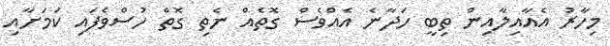
މިހާރު އެއާއިލާއިން ތިބީ ހަދާނެ އެއްވެސް ގޮތެއް ނެތި ގޮތް ހުސްވެފައި ކަމަށާއި